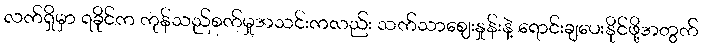
လက်ရှိမှာ ရခိုင်က ကုန်သည်စက်မှုအသင်းကလည်း သက်သာဈေးနှုန်းနဲ့ ရောင်းချပေးနိုင်ဖို့အတွက်